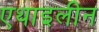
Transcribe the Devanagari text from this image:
एथाइलीन